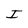
Character: I